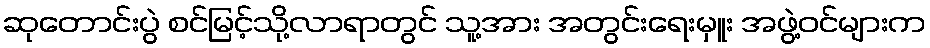
ဆုတောင်းပွဲ စင်မြင့်သို့လာရာတွင် သူ့အား အတွင်းရေးမှူး အဖွဲ့ဝင်များက